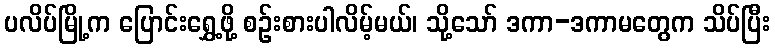
ပလိပ်မြို့က ပြောင်းရွှေ့ဖို့ စဉ်းစားပါလိမ့်မယ်၊ သို့သော် ဒကာ-ဒကာမတွေက သိပ်ပြီး